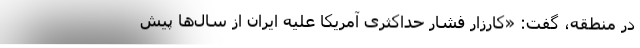
در منطقه، گفت: «کارزار فشار حداکثری آمریکا علیه ایران از سال‌ها پیش